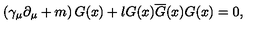
\left( \gamma _ { \mu } \partial _ { \mu } + m \right) G ( x ) + l G ( x ) \overline { { G } } ( x ) G ( x ) = 0 ,